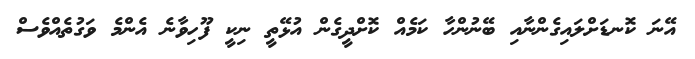
އޭނަ ކޮނޑަށްލައިގެންނާއި ބޭނުންހާ ކަމެއް ކޮށްދީގެން އުޅޭތީ ނިކީ ފޫހިވާނެ އެންމެ ވަގުތެއްވެސް